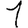
Digit: 1